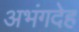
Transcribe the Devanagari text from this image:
अभंगदेह